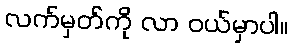
လက်မှတ်ကို လာ ဝယ်မှာပါ။